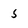
Character: 5